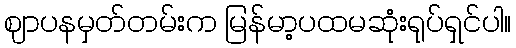
ဈာပနမှတ်တမ်းက မြန်မာ့ပထမဆုံးရုပ်ရှင်ပါ။